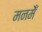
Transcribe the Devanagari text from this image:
मनमेँ